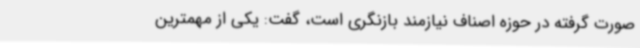
صورت گرفته در حوزه اصناف نیازمند بازنگری است، گفت: یکی از مهمترین